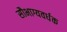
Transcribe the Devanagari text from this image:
सौभाग्यवर्धक